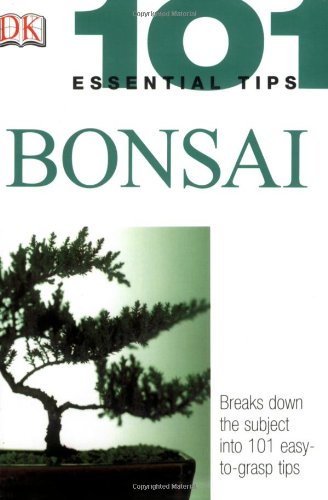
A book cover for Bonsai (101 Essential Tips); Harry Tomlinson; Crafts, Hobbies & Home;